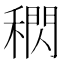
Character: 𥡕